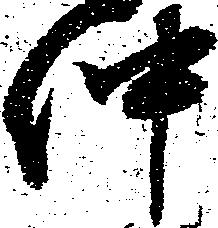
仲